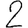
Digit: 2